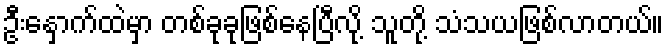
ဦးနှောက်ထဲမှာ တစ်ခုခုဖြစ်နေပြီလို့ သူတို့ သံသယဖြစ်လာတယ်။